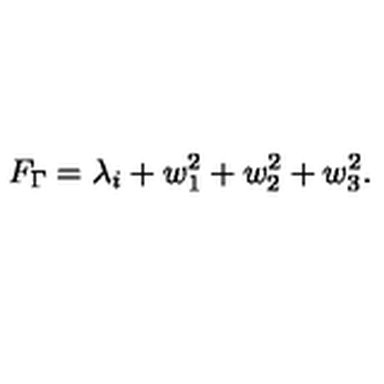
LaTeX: F _ { \Gamma } = \lambda _ { i } + w _ { 1 } ^ { 2 } + w _ { 2 } ^ { 2 } + w _ { 3 } ^ { 2 } .